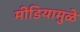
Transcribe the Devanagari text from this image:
मीडियामुळे